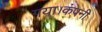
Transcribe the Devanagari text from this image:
गया।कंपनी